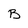
Character: B